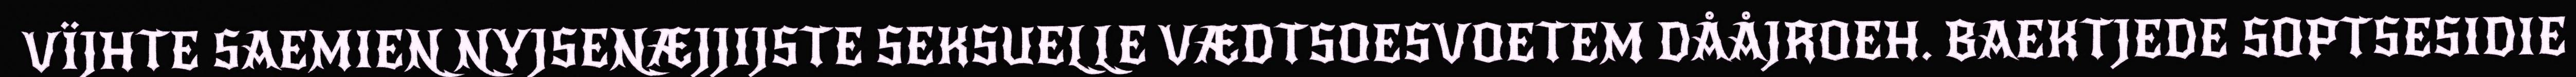
VÏJHTE SAEMIEN NYJSENÆJJIJSTE SEKSUELLE VÆDTSOESVOETEM DÅÅJROEH. BAEKTJEDE SOPTSESIDIE